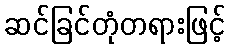
ဆင်ခြင်တုံတရားဖြင့်